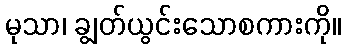
မုသာ၊ ချွတ်ယွင်းသောစကားကို။